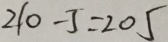
2 1 0 - 5 = 2 0 5